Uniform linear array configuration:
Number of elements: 64
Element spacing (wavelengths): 1
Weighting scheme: blackman
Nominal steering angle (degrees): -60
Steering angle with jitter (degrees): -61.778
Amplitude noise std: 0.05
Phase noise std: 0.05

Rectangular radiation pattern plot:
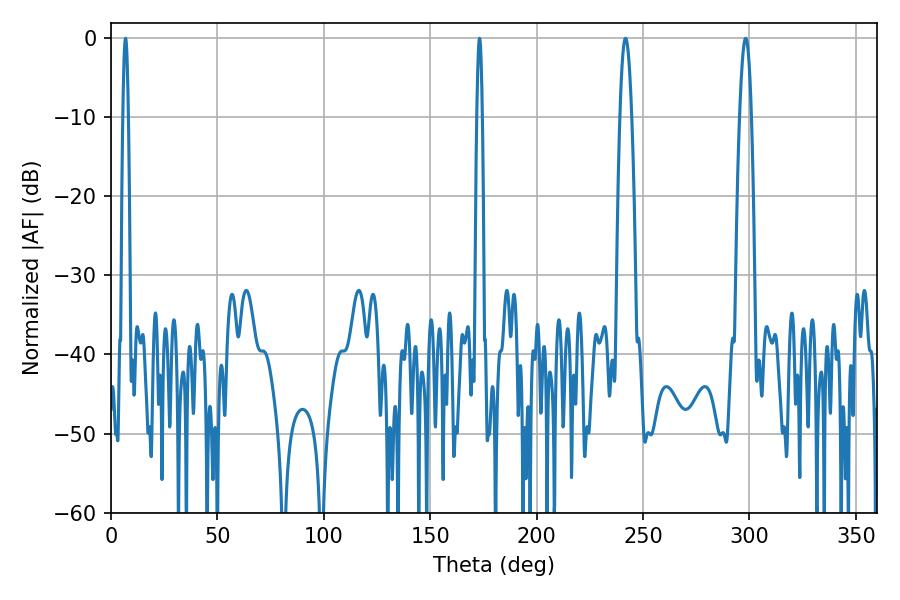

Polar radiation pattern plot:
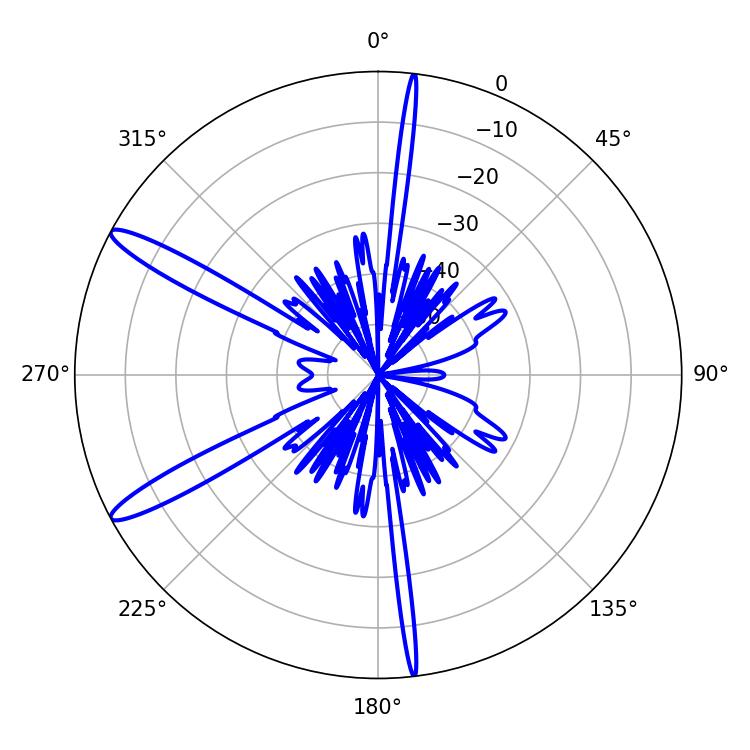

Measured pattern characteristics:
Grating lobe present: TRUE
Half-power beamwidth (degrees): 1.44
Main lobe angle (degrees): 173.16